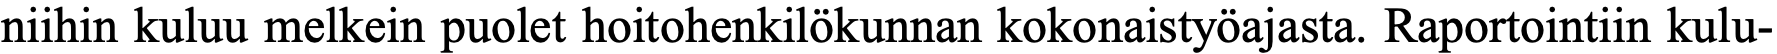
niihin kuluu melkein puolet hoitohenkilökunnan kokonaistyöajasta. Raportointiin kulu-